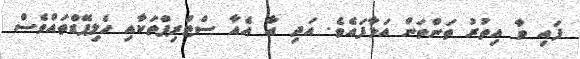
ފައި ވާ އިތުރު ތަންތަން އަޅާފައެވެ. އަދި އާ އެއާ ސްޓްރިޕްތަކާއި ހެލިޕޭޑްތައްވެސް